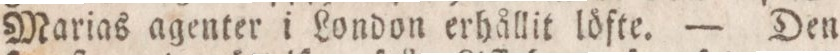
Marias agenter i London erhållit löfte. — Den